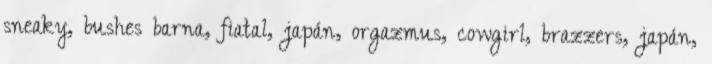
sneaky, bushes barna, fiatal, japán, orgazmus, cowgirl, brazzers, japán,